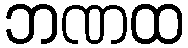
ဘဏထ